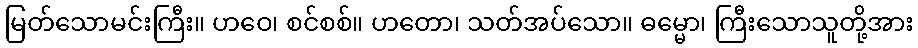
မြတ်သောမင်းကြီး။ ဟဝေ၊ စင်စစ်။ ဟတော၊ သတ်အပ်သော။ ဓမ္မော၊ ကြီးသောသူတို့အား